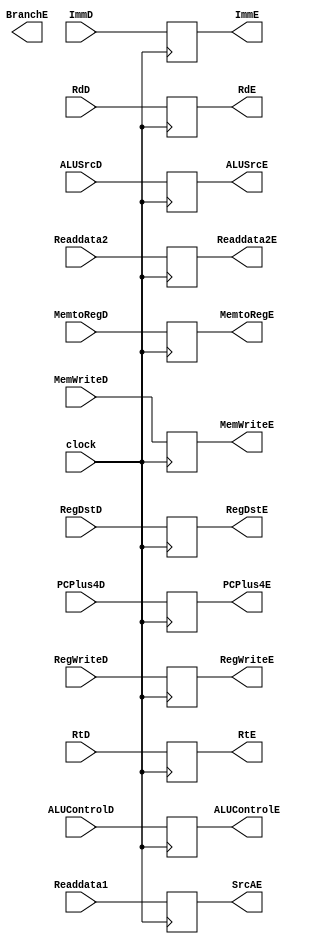
module ID_EX(
    input wire clock,
//    input wire RegDstJumpD,
    input wire RegWriteD,
    input wire MemtoRegD,
    input wire MemWriteD,
    input wire [4:0] ALUControlD,
    input wire ALUSrcD,
    input wire RegDstD,
    input wire [31:0] Readdata1,
    input wire [31:0] Readdata2,
    input wire [4:0] RtD,
    input wire [4:0] RdD,
    input wire [31:0] ImmD,
    input wire [31:0] PCPlus4D,

//    output reg RegDstJumpE,
    output reg RegWriteE,
    output reg MemtoRegE,
    output reg MemWriteE,
    output reg BranchE,
    output reg [4:0] ALUControlE,
    output reg ALUSrcE,
    output reg RegDstE,
    output reg [31:0] SrcAE,//Readdata1
    output reg [31:0] Readdata2E,
    output reg [4:0] RtE,
    output reg [4:0] RdE,
    output reg [31:0] ImmE,
    output reg [31:0] PCPlus4E
);

    always @(posedge clock)
        begin
//            RegDstJumpE <= RegDstJumpD;
            RegWriteE <= RegWriteD;
            MemtoRegE <= MemtoRegD;
            MemWriteE <= MemWriteD;
            ALUControlE <= ALUControlD;
            ALUSrcE <= ALUSrcD;
            RegDstE <= RegDstD;
            SrcAE <= Readdata1;
            Readdata2E <= Readdata2;
            RtE <= RtD;
            RdE <= RdD;
            ImmE <= ImmD;
            PCPlus4E <= PCPlus4D;
        end

endmodule